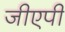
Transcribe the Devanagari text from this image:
जीएपी